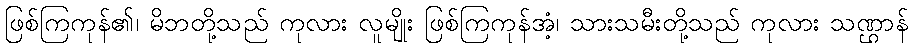
ဖြစ်ကြကုန်၏၊ မိဘတို့သည် ကုလား လူမျိုး ဖြစ်ကြကုန်အံ့၊ သားသမီးတို့သည် ကုလား သဏ္ဌာန်